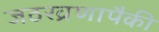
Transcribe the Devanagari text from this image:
जठरव्रणापैकी